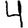
Digit: 4